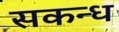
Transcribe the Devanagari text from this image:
सकन्ध